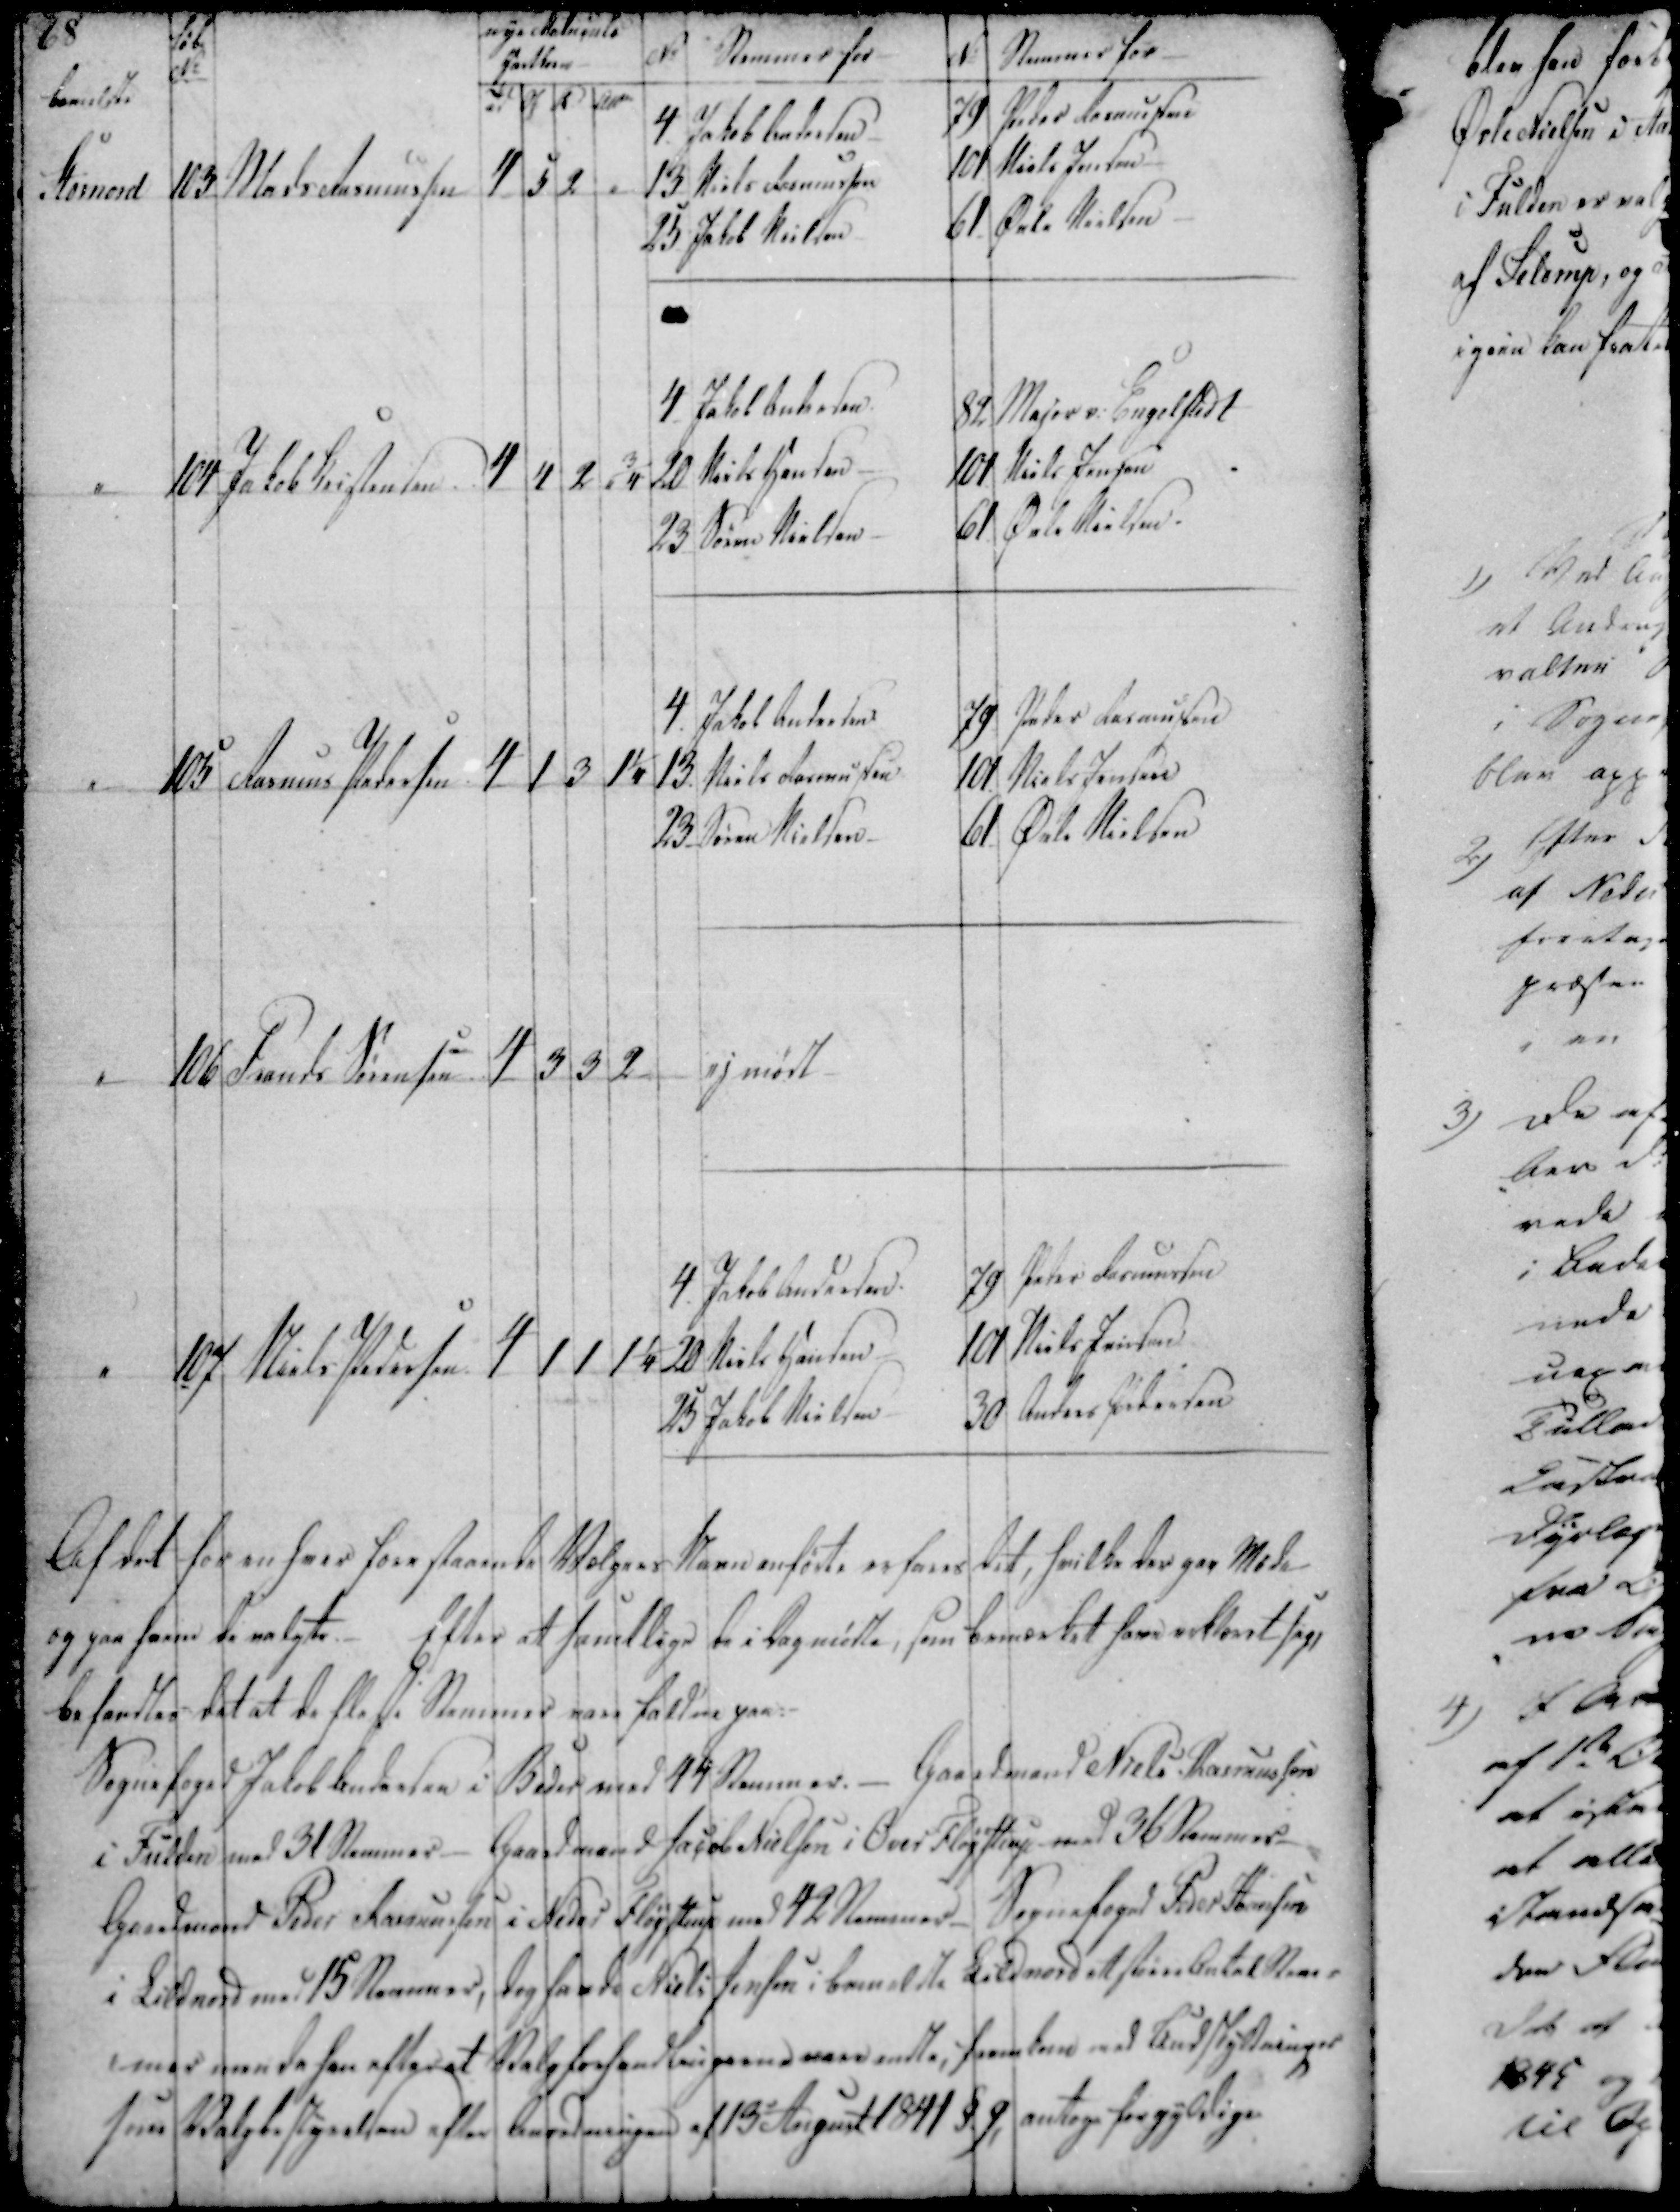
Transskription:
Af det for enhver forestaaende Vælgnes Skann anførte erfares det, hvilke der gaa Møde
og paa farm de valgte.- Efter at sanedlige De i Dag m'dte, som bemærket har udtoret sig,
befandtes det at de fleste Stemmer vare faldne paa:-

Sognefoged Jakob Andersen i Beder med 44 Stemmer. - Gaardmand Niels Rasmussen
i Fulden med 31 Stemmer - Gaardmand Jacob Nielsen i Over Fløystrup med 36 Stemmer -
Gaardmand Peder Rasmussen i Neder Fløystrup med 42 Stemmer - Sognefoged Peder Hansen
i Lildnord med 15 Stemmer, dog havde Niels Jensen i bemeldte Lildnord et større Antal Stem-
mer men da han efter at Valgforhandlingerne vare endte, fremkom med Budskyldninger
som Valgbestyrelsen efter beordningen af 13e August 1841 §.9, antog for gyldige